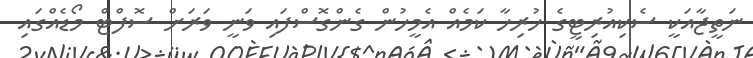
ނަތީޖާއަކީ ސެކިއުރިޓީގެ ހުރިހާ ކަމެއް އެމީހުން ގެންގޮސްފައި ވަނީ ވަރަށް ސޮފްޓް މޯޑެއްގައި